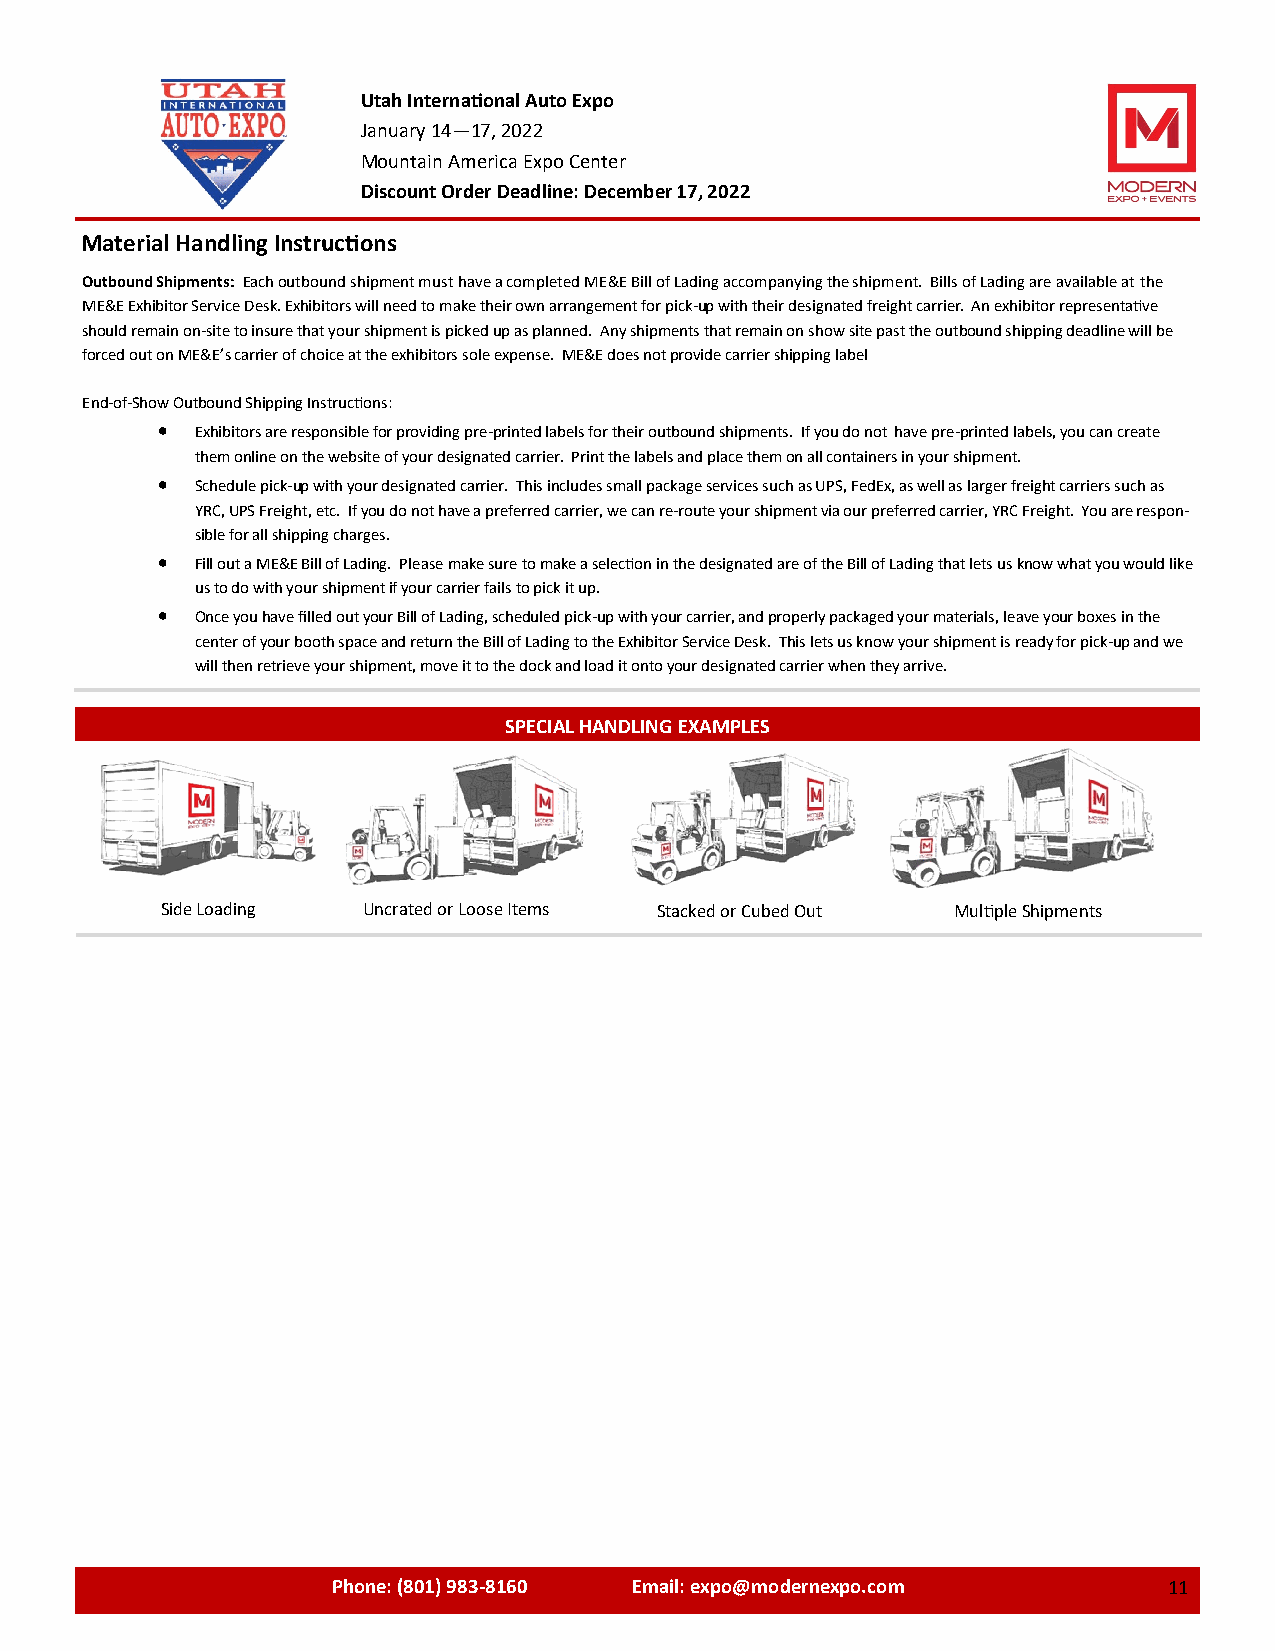
Utah International Auto Expo
 January 14—17, 2022
 Mountain America Expo Center
 Discount Order Deadline: December 17, 2022
 Material Handling Instructions
 Outbound Shipments: Each outbound shipment must have a completed ME&E Bill of Lading accompanying the shipment. Bills of Lading are available at the
 ME&E Exhibitor Service Desk. Exhibitors will need to make their own arrangement for pick-up with their designated freight carrier. An exhibitor representative
 should remain on-site to insure that your shipment is picked up as planned. Any shipments that remain on show site past the outbound shipping deadline will be
 forced out on ME&E’s carrier of choice at the exhibitors sole expense. ME&E does not provide carrier shipping label
 End-of-Show Outbound Shipping Instructions:
   Exhibitors are responsible for providing pre-printed labels for their outbound shipments. If you do not have pre-printed labels, you can create
 them online on the website of your designated carrier. Print the labels and place them on all containers in your shipment.
   Schedule pick-up with your designated carrier. This includes small package services such as UPS, FedEx, as well as larger freight carriers such as
 YRC, UPS Freight, etc. If you do not have a preferred carrier, we can re-route your shipment via our preferred carrier, YRC Freight. You are respon-
 sible for all shipping charges.
   Fill out a ME&E Bill of Lading. Please make sure to make a selection in the designated are of the Bill of Lading that lets us know what you would like
 us to do with your shipment if your carrier fails to pick it up.
   Once you have filled out your Bill of Lading, scheduled pick-up with your carrier, and properly packaged your materials, leave your boxes in the
 center of your booth space and return the Bill of Lading to the Exhibitor Service Desk. This lets us know your shipment is ready for pick-up and we
 will then retrieve your shipment, move it to the dock and load it onto your designated carrier when they arrive.
 SPECIAL HANDLING EXAMPLES
 Side Loading Uncrated or Loose Items Stacked or Cubed Out Multiple Shipments
 Phone: (801) 983-8160 Email: expo@modernexpo.com 1111111111X2111111